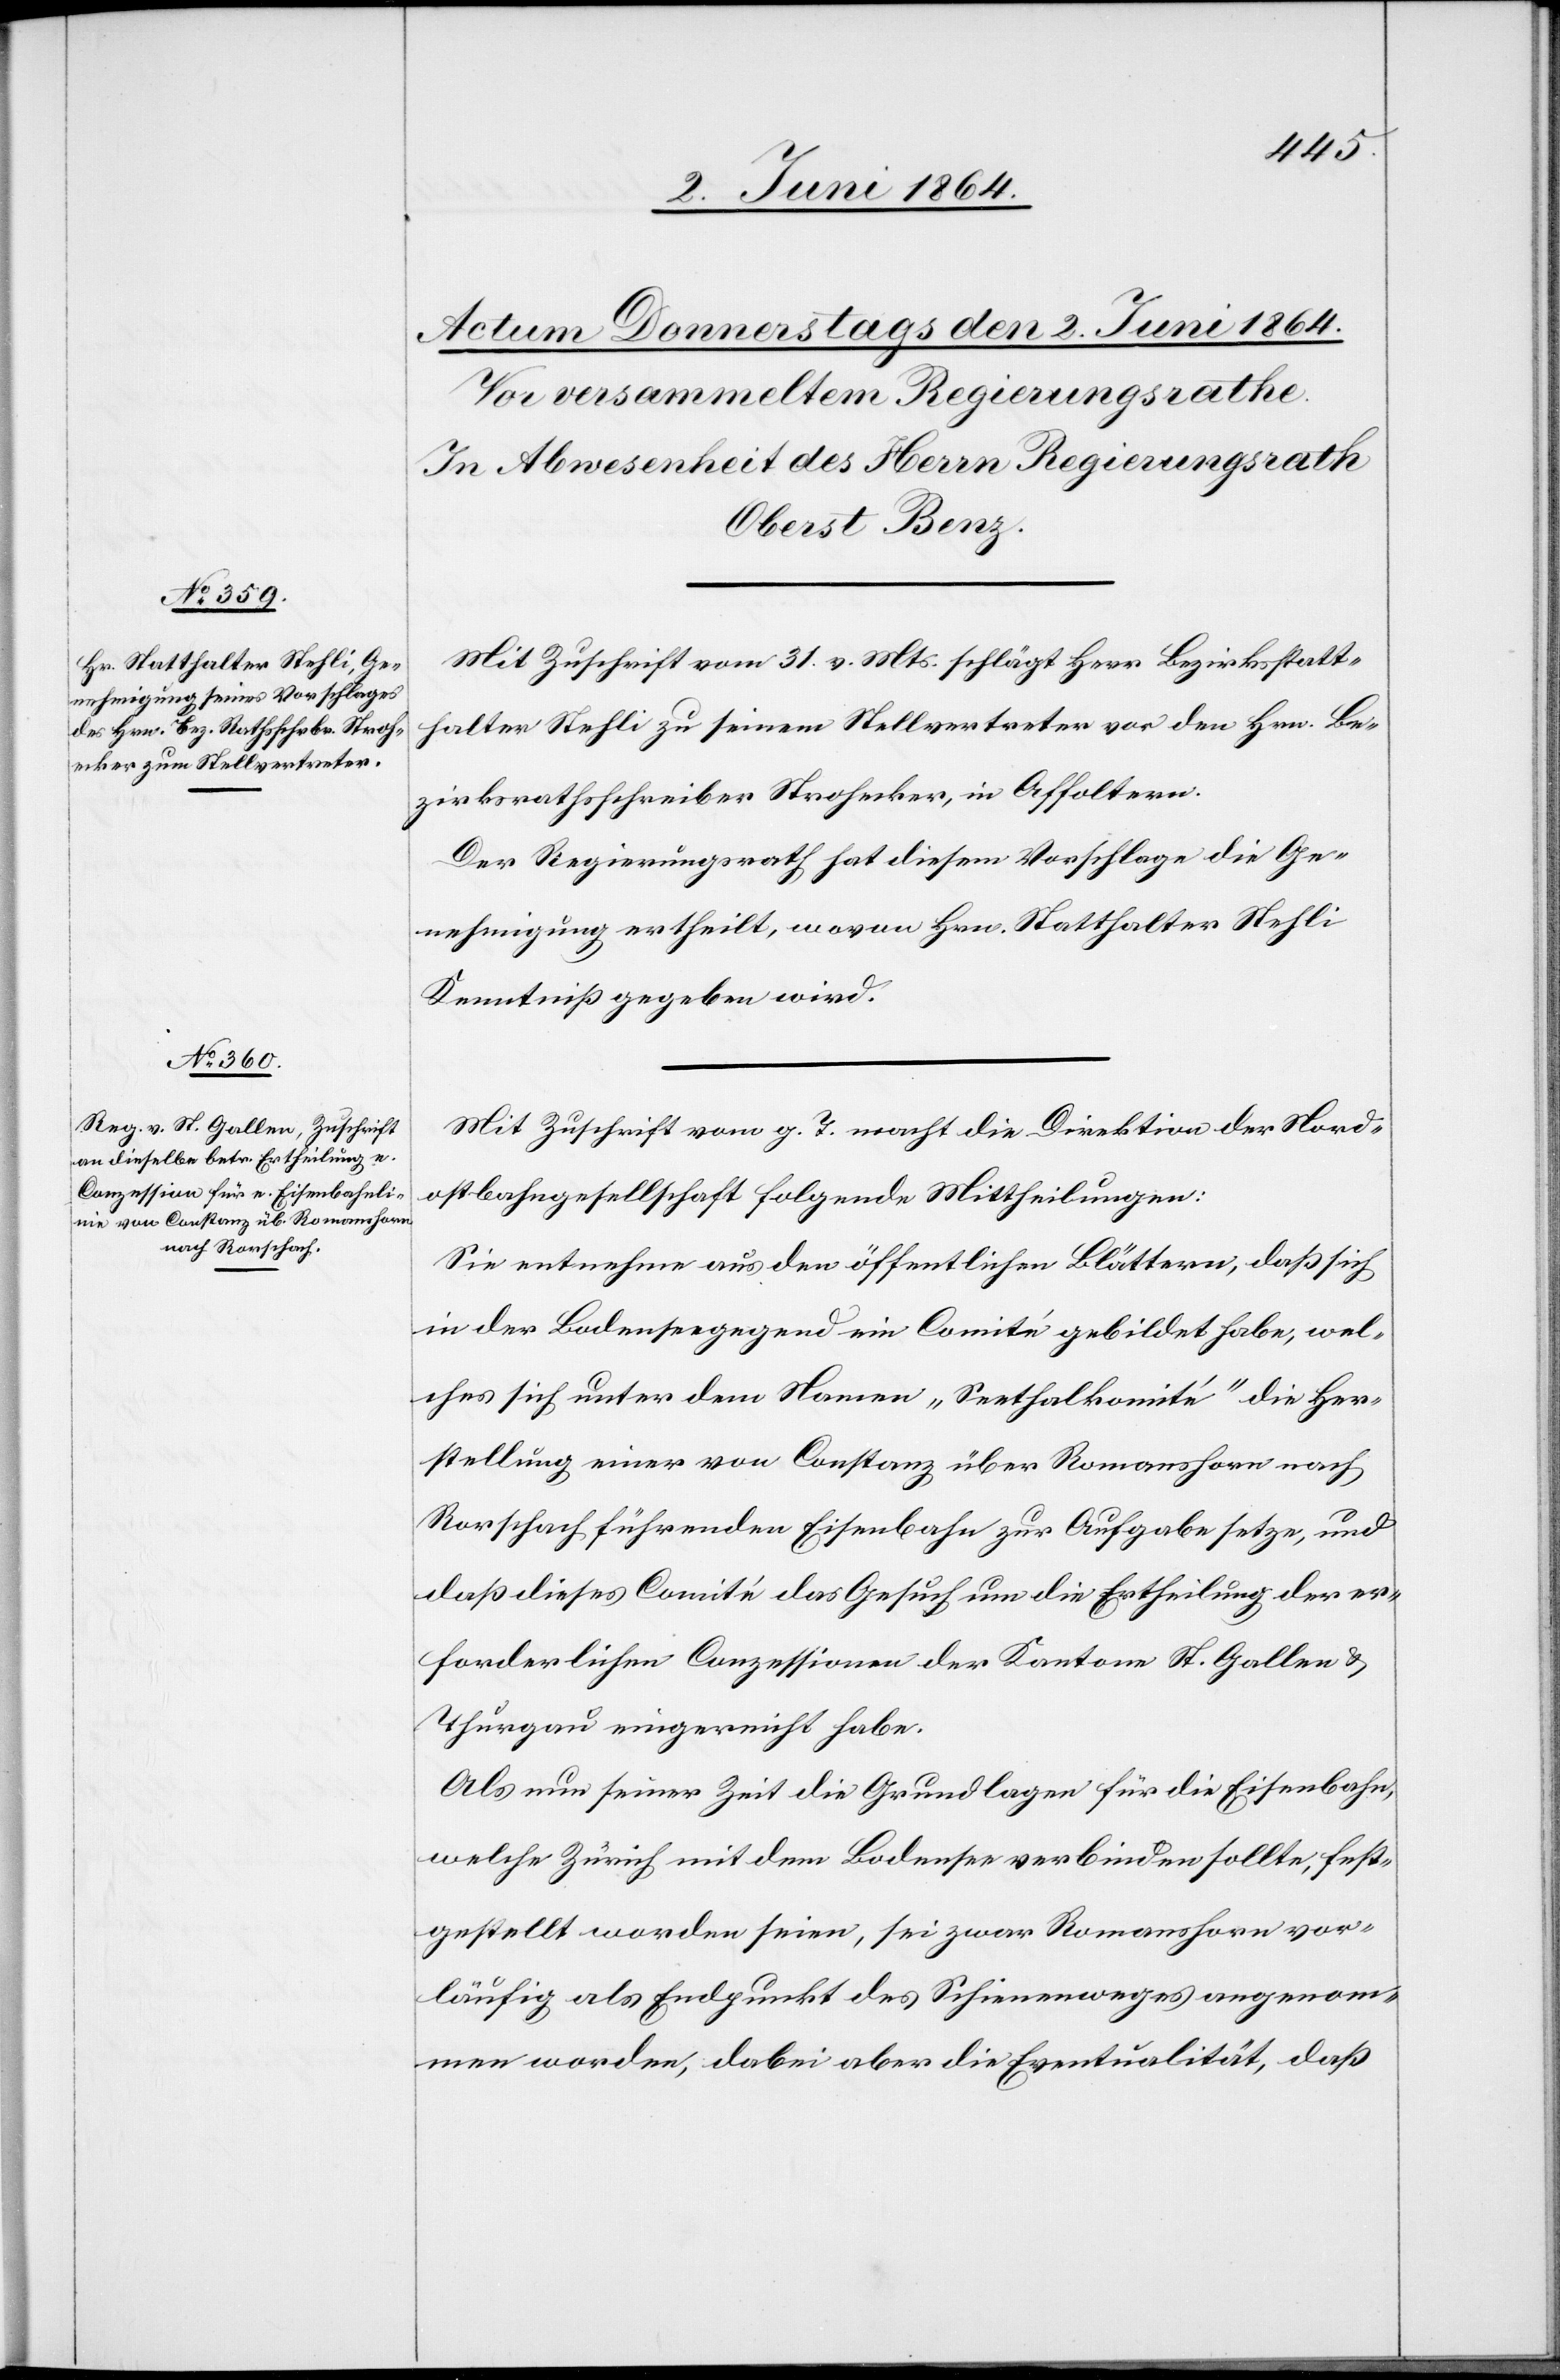
Mit Zuschrift vom 31. v. Mts. schlägt Herr Bezirksstatt¬
halter Stehli zu seinem Stellvertreter vor den Hrn. Be¬
zirksrathsschreiber Strohecker, in Affoltern.
Der Regierungsrath hat diesem Vorschlage die Ge¬
nehmigung ertheilt, wovon Hrn. Statthalter Stehli
Kenntniß gegeben wird.
Mit Zuschrift vom g. T. macht die Direktion der Nord¬
ostbahngesellschaft folgende Mittheilungen:
Sie entnehme aus den öffentlichen Blättern, daß sich
in der Bodenseegegend ein Comité gebildet habe, wel¬
ches sich unter dem Namen „Seethalkomité“ die Her¬
stellung einer von Constanz über Romanshorn nach
Rorschach führenden Eisenbahn zur Aufgabe setze, und
daß dieses Comité das Gesuch um die Ertheilung der er¬
forderlichen Conzessionen der Kantone St. Gallen u.
Thurgau eingereicht habe.
Als nun seiner Zeit die Grundlagen für die Eisenbahn,
welche Zürich mit dem Bodensee verbinden sollte, fest¬
gestellt worden seien, sei zwar Romanshorn vor¬
läufig als Endpunkt des Schienenweges angenom¬
men worden, dabei aber die Eventualität, daß